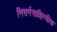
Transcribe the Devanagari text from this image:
निसर्गसाहित्यीक